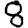
Digit: 8